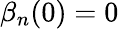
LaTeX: \beta_{n}(0)=0